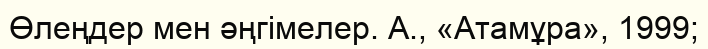
Өлеңдер мен әңгімелер. А., «Атамұра», 1999;